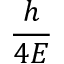
\frac { h } { 4 E }